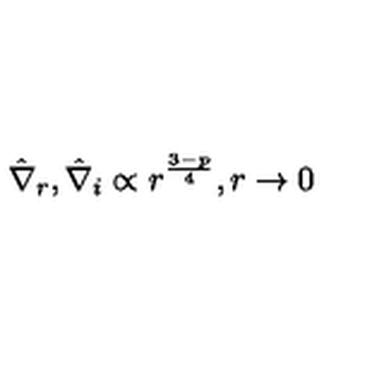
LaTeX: \hat { \nabla } _ { r } , \hat { \nabla } _ { i } \propto r ^ { \frac { 3 - p } { 4 } } , r \rightarrow 0